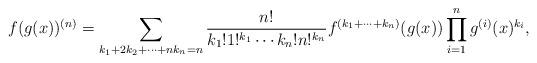
LaTeX: \begin{align*} f(g(x))^{(n)} = \sum_{k_1+2k_2+\cdots+nk_n=n} \frac{n!}{k_1!1!^{k_1}\cdots k_n!n!^{k_n}} f^{(k_1+\cdots+k_n)}(g(x))\prod_{i=1}^n g^{(i)}(x)^{k_i},\end{align*}